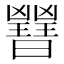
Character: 𣌇